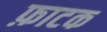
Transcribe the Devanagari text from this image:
फ़ाटक